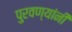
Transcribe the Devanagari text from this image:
पुरवण्यांनी